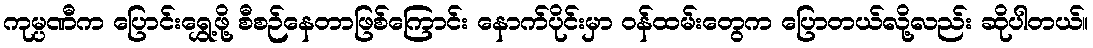
ကုမ္ပဏီက ပြောင်းရွှေ့ဖို့ စီစဉ်နေတာဖြစ်ကြောင်း နောက်ပိုင်းမှာ ဝန်ထမ်းတွေက ပြောတယ်လို့လည်း ဆိုပါတယ်။